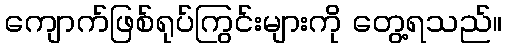
ကျောက်ဖြစ်ရုပ်ကြွင်းများကို တွေ့ရသည်။